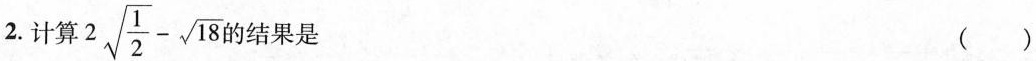
2. 计算$$2\sqrt{\frac{1}{2}} - \sqrt{18}$$ 的结果是 ( )